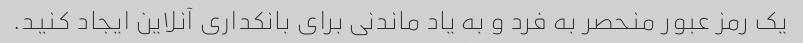
یک رمز عبور منحصر به فرد و به یاد ماندنی برای بانکداری آنلاین ایجاد کنید.